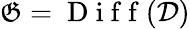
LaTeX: \mathfrak{G}=\mathrm{{~D~i~f~f~}}(\mathcal{{D}})